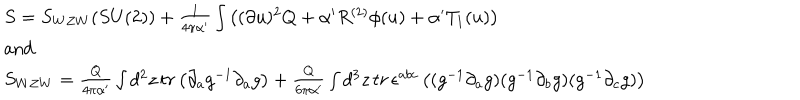
\begin{array} { l } { { S = S _ { W Z W } ( S U ( 2 ) ) + \frac { 1 } { 4 \pi \alpha ^ { \prime } } \int \left( ( \partial u ) ^ { 2 } Q + \alpha ^ { \prime } R ^ { ( 2 ) } \phi ( u ) + \alpha ^ { \prime } T _ { 1 } ( u ) \right) } } \\ { { \mathrm { a n d } } } \\ { { S _ { W Z W } = \frac { Q } { 4 \pi \alpha ^ { \prime } } \int d ^ { 2 } z \, t r \left( \partial _ { a } g ^ { - 1 } \partial _ { a } g \right) + \frac { Q } { 6 \pi \alpha ^ { \prime } } \int d ^ { 3 } z \, t r \, \epsilon ^ { a b c } \left( ( g ^ { - 1 } \partial _ { a } g ) ( g ^ { - 1 } \partial _ { b } g ) ( g ^ { - 1 } \partial _ { c } g ) \right) } } \\ \end{array}